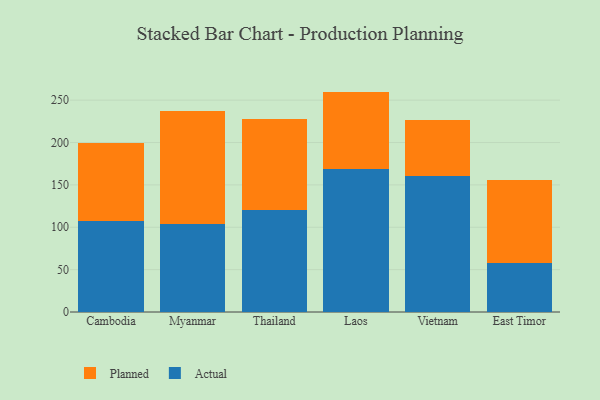
{"axis": {"x": "Country", "y": "Inventory Turnover"}, "legend": ["Actual", "Planned"], "data": [{"x": "Cambodia", "y": 107.1, "type": "Actual"}, {"x": "Cambodia", "y": 92.4, "type": "Planned"}, {"x": "Myanmar", "y": 104.2, "type": "Actual"}, {"x": "Myanmar", "y": 132.5, "type": "Planned"}, {"x": "Thailand", "y": 119.9, "type": "Actual"}, {"x": "Thailand", "y": 107.9, "type": "Planned"}, {"x": "Laos", "y": 168.2, "type": "Actual"}, {"x": "Laos", "y": 91.9, "type": "Planned"}, {"x": "Vietnam", "y": 160.1, "type": "Actual"}, {"x": "Vietnam", "y": 66.3, "type": "Planned"}, {"x": "East Timor", "y": 57.8, "type": "Actual"}, {"x": "East Timor", "y": 98.4, "type": "Planned"}]}